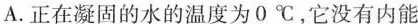
A.正在凝固的水的温度为0℃，它没有内能